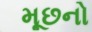
મૂછનો